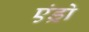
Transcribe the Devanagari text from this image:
एंड्रो